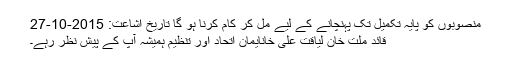
منصوبوں کو پایہ تکمیل تک پہنچانے کے لیے مل کر کام کرنا ہو گا تاریخ اشاعت: 2015-10-27
قائد ملت خان لیاقت علی خانایمان اتحاد اور تنظیم ہمیشہ آپ کے پیش نظر رہے۔